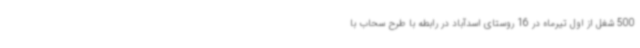
500 شغل از اول تیرماه در 16 روستای اسدآباد در رابطه با طرح سحاب با